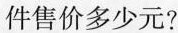
件售价多少元?